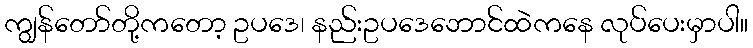
ကျွန်တော်တို့ကတော့ ဥပဒေ၊ နည်းဥပဒေဘောင်ထဲကနေ လုပ်ပေးမှာပါ။